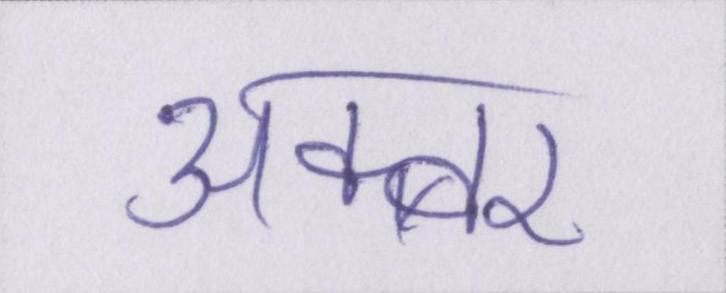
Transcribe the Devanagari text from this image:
अक्बर